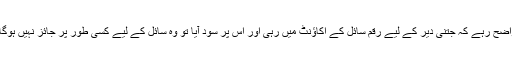
واضح رہے کہ جتنی دیر کے لیے رقم سائل کے اکاؤنٹ میں رہی اور اس پر سود آیا تو وہ سائل کے لیے کسی طور پر جائز نہیں ہوگا ۔